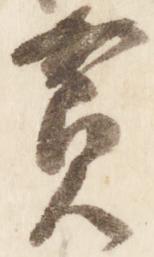
貧